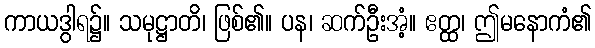
ကာယဒွါရ၌။ သမုဋ္ဌာတိ၊ ဖြစ်၏။ ပန၊ ဆက်ဦးအံ့။ ဧတ္ထ၊ ဤမနောကံ၏